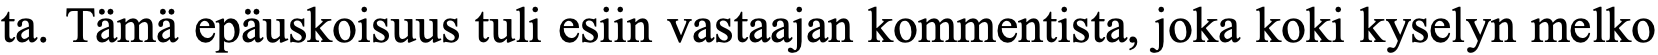
ta. Tämä epäuskoisuus tuli esiin vastaajan kommentista, joka koki kyselyn melko